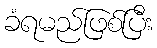
ခံရမည်ဖြစ်ပြီး